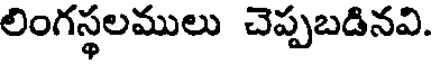
లింగస్థలములు చెప్పబడినవి.